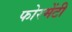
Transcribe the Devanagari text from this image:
फोरमेंटी